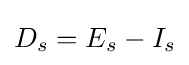
D_{s}=E_{s}-I_{s}